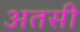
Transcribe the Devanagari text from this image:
अतसी